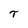
Character: T